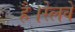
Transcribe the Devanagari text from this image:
है।रेलवे